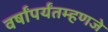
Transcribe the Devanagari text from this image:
वर्षांपर्यंतम्हणजे